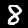
Digit: 8